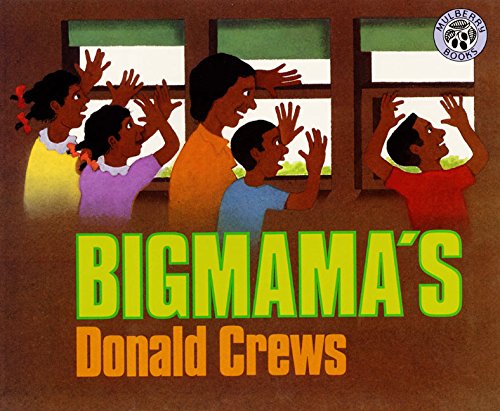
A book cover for Bigmama's; Donald Crews; Children's Books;